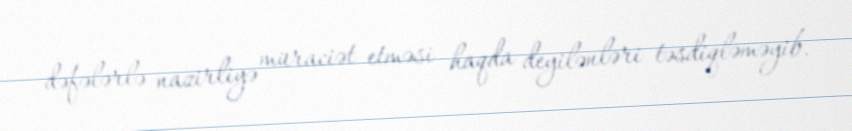
dəfələrlə nazirliyə müraciət etməsi haqda deyilənləri təsdiqləməyib.